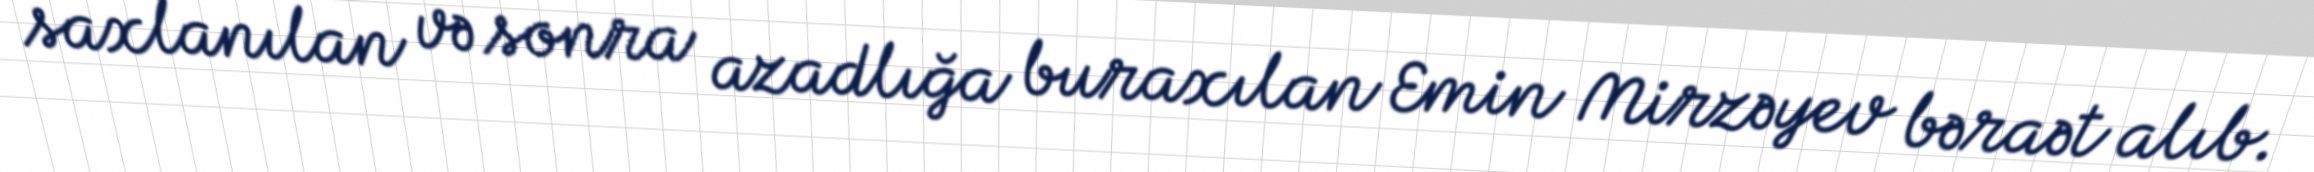
saxlanılan və sonra azadlığa buraxılan Emin Mirzəyev bəraət alıb.